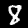
Label: 8